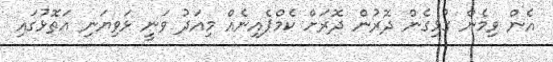
އެން ވިމެން ގުޅިގެން ދޮރުން ދޮރަށް ކެމްޕެއިނެއް މިއަދު ވަނީ ޅަވިޔަނި އަތޮޅުގައި